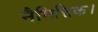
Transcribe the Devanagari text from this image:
नैमित्तिक।